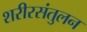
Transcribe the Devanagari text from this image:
शरीरसंतुलन